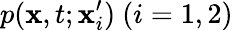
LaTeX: p(\mathbf{x},t;\mathbf{x}_{i}^{\prime})\ (i=1,2)